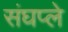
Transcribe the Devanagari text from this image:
संघप्ले